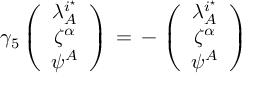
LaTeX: \gamma _ { 5 } \left( \begin{array} { c } { { \lambda _ { A } ^ { i ^ { \star } } } } \\ { { \zeta ^ { \alpha } } } \\ { { \psi ^ { A } } } \end{array} \right) \, = \, - \, \left( \begin{array} { c } { { \lambda _ { A } ^ { i ^ { \star } } } } \\ { { \zeta ^ { \alpha } } } \\ { { \psi ^ { A } } } \end{array} \right)